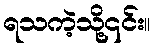
ရသကဲ့သို့၎င်း။